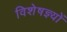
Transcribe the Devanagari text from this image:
विशेषज्ञ्यों